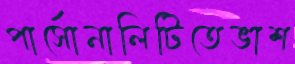
পার্সোনালিটিতেভাশ